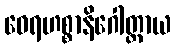
ဝေရဟစ္စာနိဂေါတ္တာယ